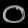
Digit: ၀